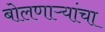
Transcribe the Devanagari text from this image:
बोलणाऱ्यांचा